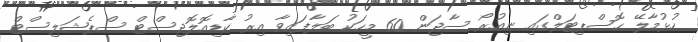
ހުޅުމާލޭ ހޮސްޕިޓަލްގައި ނިއުރޯ ސާޖަން 60 މީހަކު ބަލާފައިވާ އިރު ކާޑިއޮލޮޖިސްޓް ސްޕެޝަލިސްޓް